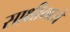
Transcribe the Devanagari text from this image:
साक्षीमध्ये